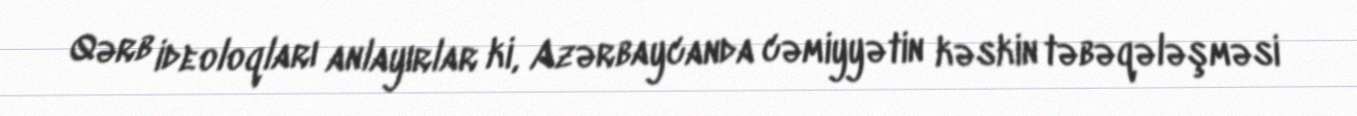
Qərb ideoloqları anlayırlar ki, Azərbaycanda cəmiyyətin kəskin təbəqələşməsi